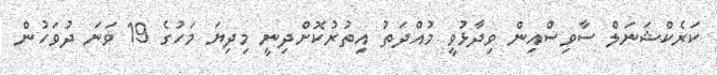
ކަރެކްޝަނަލް ސާވިސްއިން ވިދާޅުވީ މުއްދަތު އިތުރުކޮށްދިނީ މިދިޔަ މަހުގެ 19 ވަނަ ދުވަހުން